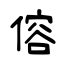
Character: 傛